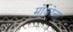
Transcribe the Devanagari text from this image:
मोकोना